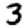
Digit: 3